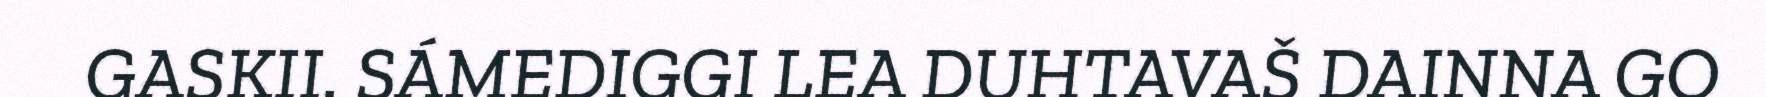
GASKII. SÁMEDIGGI LEA DUHTAVAŠ DAINNA GO